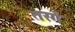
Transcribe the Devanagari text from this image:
तरगें